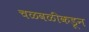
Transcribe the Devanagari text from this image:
चळवळीकडून